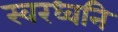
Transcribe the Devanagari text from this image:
स्वरध्वनि